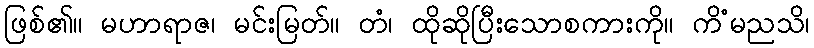
ဖြစ်၏။ မဟာရာဇ၊ မင်းမြတ်။ တံ၊ ထိုဆိုပြီးသောစကားကို။ ကိံမညသိ၊